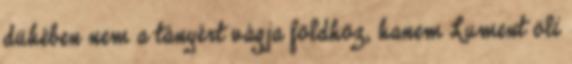
dühében nem a tányért vágja földhöz, hanem Lument öli